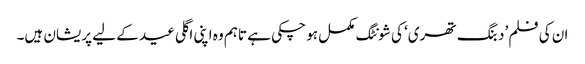
ان کی فلم ’دبنگ تھری‘ کی شونٹگ مکمل ہو چکی ہے تاہم وہ اپنی اگلی عید کے لیے پریشان ہیں۔